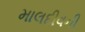
માલદીવની